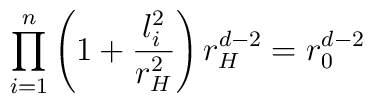
\prod_{i=1}^n \left( 1 + \frac{l_i^2}{r_H^2} \right) r_H^{d-2}=r_0^{d-2}